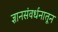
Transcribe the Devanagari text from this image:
ज्ञानसंवर्धनातून